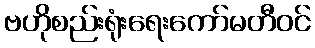
ဗဟိုစည်းရုံးရေးကော်မတီဝင်